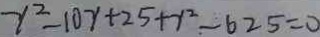
r ^ { 2 } - 1 0 r + 2 5 + r ^ { 2 } - 6 2 5 = 0